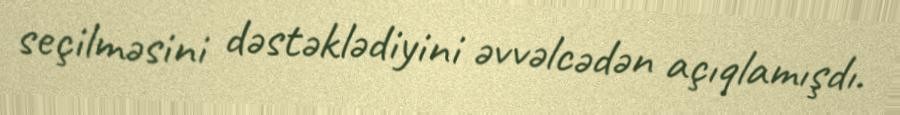
seçilməsini dəstəklədiyini əvvəlcədən açıqlamışdı.